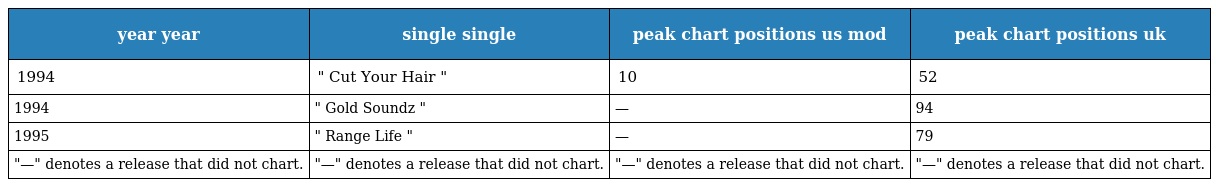
| year year | single single | peak chart positions us mod | peak chart positions uk |
 | --- | --- | --- | --- |
 | 1994 | " Cut Your Hair " | 10 | 52 |
 | 1994 | " Gold Soundz " | — | 94 |
 | 1995 | " Range Life " | — | 79 |
 | "—" denotes a release that did not chart. | "—" denotes a release that did not chart. | "—" denotes a release that did not chart. | "—" denotes a release that did not chart. |